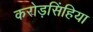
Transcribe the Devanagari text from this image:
करोड़सिंहिया